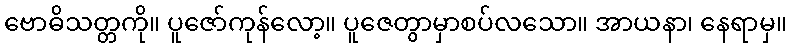
ဗောဓိသတ္တကို။ ပူဇော်ကုန်လော့။ ပူဇေတွာမှာစပ်လသော။ အာယနာ၊ နေရာမှ။